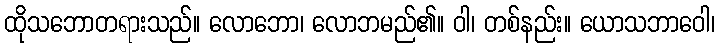
ထိုသဘောတရားသည်။ လောဘော၊ လောဘမည်၏။ ဝါ၊ တစ်နည်း။ ယောသဘာဝေါ၊